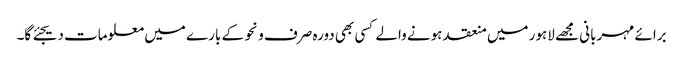
برائے مہربانی مجھے لاہور میں منعقد ہونے والے کسی بھی دورہ صرف و نحو کے بارے میں معلومات دیجئے گا۔